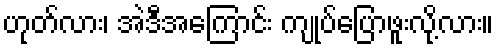
ဟုတ်လား၊ အဲဒီအကြောင်း ကျုပ်ပြောဖူးလို့လား။